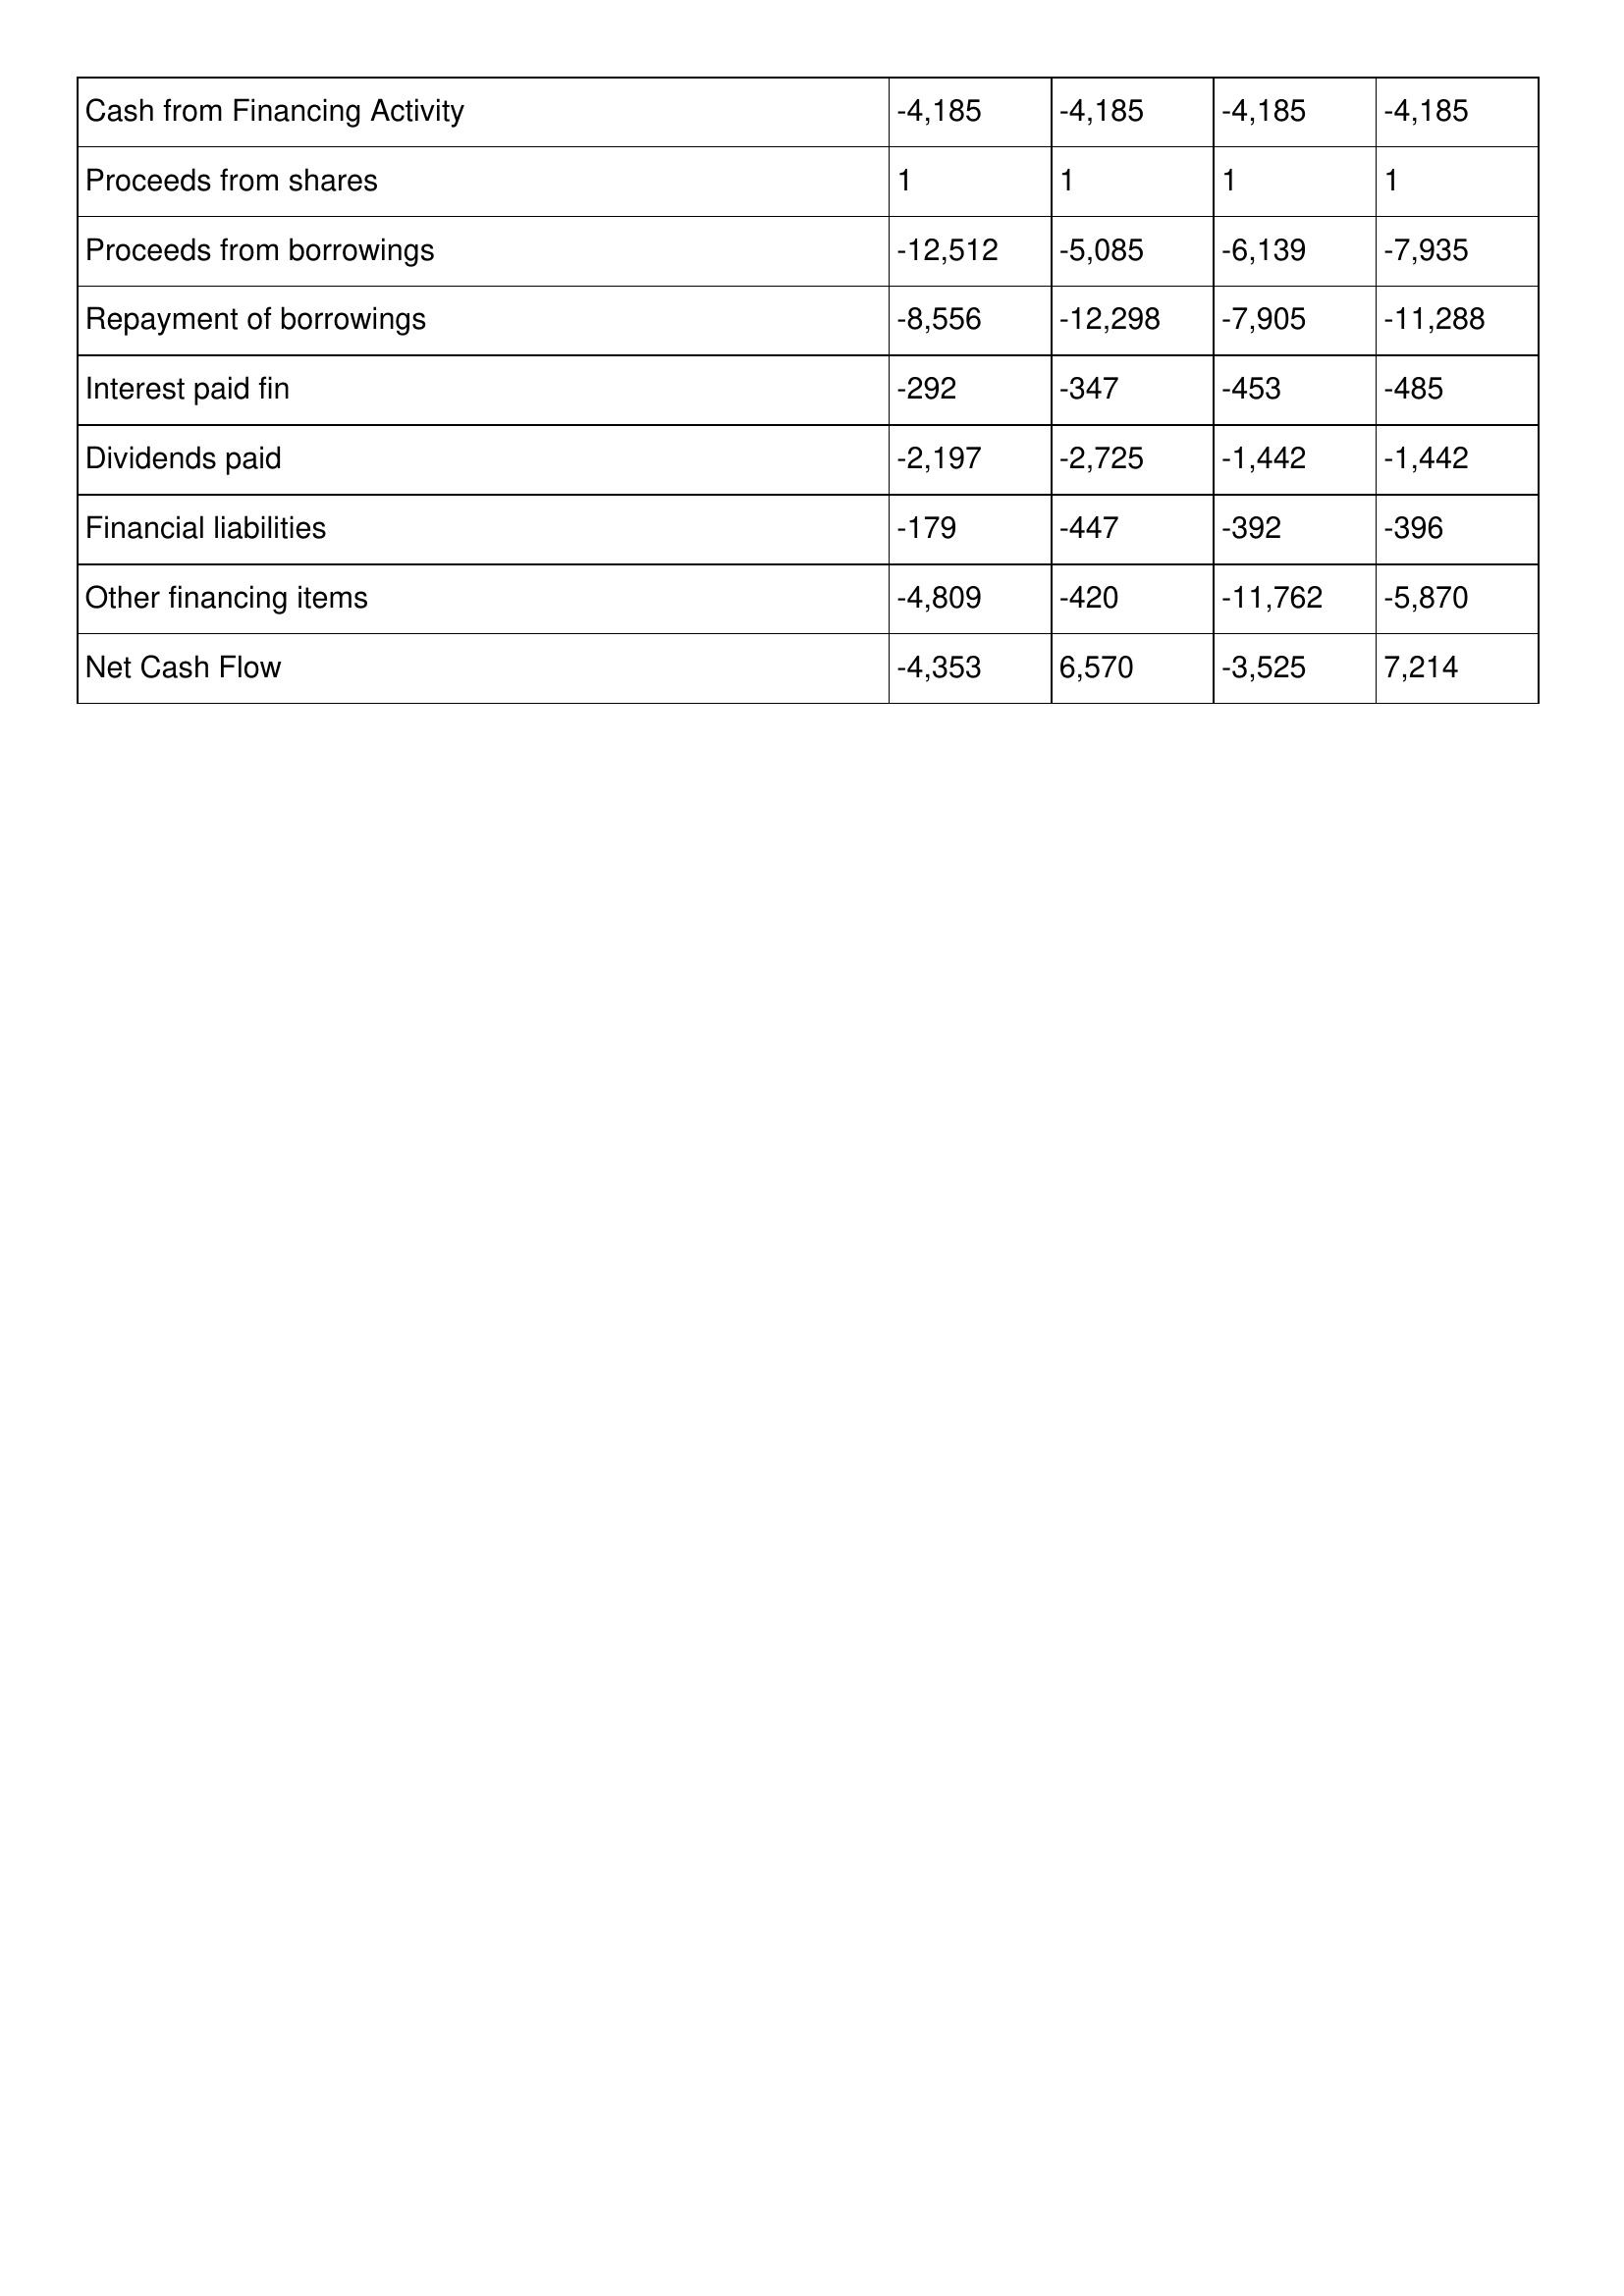
gt_parse: 2008: Cash Flows: Cash from Financing Activity: -4,185
Proceeds from shares: 1
Proceeds from borrowings: -12,512
Repayment of borrowings: -8,556
Interest paid fin: -292
Dividends paid: -2,197
Financial liabilities: -179
Other financing items: -4,809
Net Cash Flow: -4,353
2007: Cash Flows: Cash from Financing Activity: -4,185
Proceeds from shares: 1
Proceeds from borrowings: -5,085
Repayment of borrowings: -12,298
Interest paid fin: -347
Dividends paid: -2,725
Financial liabilities: -447
Other financing items: -420
Net Cash Flow: 6,570
2006: Cash Flows: Cash from Financing Activity: -4,185
Proceeds from shares: 1
Proceeds from borrowings: -6,139
Repayment of borrowings: -7,905
Interest paid fin: -453
Dividends paid: -1,442
Financial liabilities: -392
Other financing items: -11,762
Net Cash Flow: -3,525
2005: Cash Flows: Cash from Financing Activity: -4,185
Proceeds from shares: 1
Proceeds from borrowings: -7,935
Repayment of borrowings: -11,288
Interest paid fin: -485
Dividends paid: -1,442
Financial liabilities: -396
Other financing items: -5,870
Net Cash Flow: 7,214